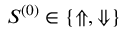
{ S ^ { ( 0 ) } \in \{ \Uparrow , \Downarrow \} }